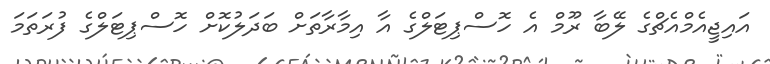
އައިޖީއެމްއެޗްގެ ލޭބާ ރޫމް އެ ހޮސްޕިޓަލްގެ އާ އިމާރާތަށް ބަދަލުކޮށް ހޮސްޕިޓަލްގެ ފުރަތަމަ